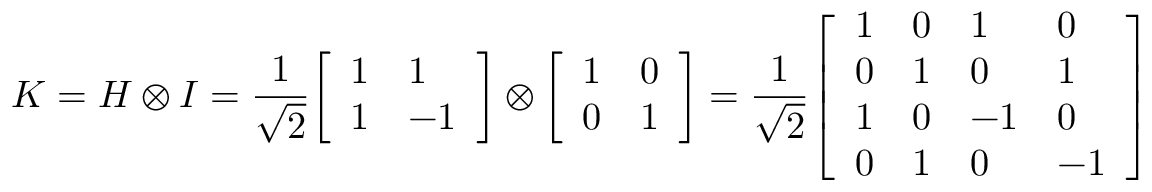
K = H \otimes I = { \frac { 1 } { \sqrt { 2 } } } { \left[ \begin{array} { l l } { 1 } & { 1 } \\ { 1 } & { - 1 } \end{array} \right] } \otimes { \left[ \begin{array} { l l } { 1 } & { 0 } \\ { 0 } & { 1 } \end{array} \right] } = { \frac { 1 } { \sqrt { 2 } } } { \left[ \begin{array} { l l l l } { 1 } & { 0 } & { 1 } & { 0 } \\ { 0 } & { 1 } & { 0 } & { 1 } \\ { 1 } & { 0 } & { - 1 } & { 0 } \\ { 0 } & { 1 } & { 0 } & { - 1 } \end{array} \right] }